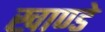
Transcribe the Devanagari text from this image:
खाण्डे